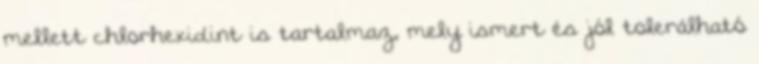
mellett chlorhexidint is tartalmaz, mely ismert és jól tolerálható